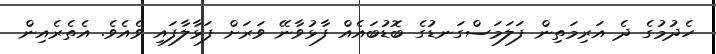
ހެދުމުގެ ދެ އަރިމަތިން ފަލަމަސްގަނޑުގެ ބޮޑުބައެއް ފާޅުވާނޭ ވަރަށް ފަޅާލާފައި ވެއެވެ. އެތެރެއިން